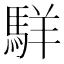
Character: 𩣆